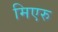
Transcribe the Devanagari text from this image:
मिएरु